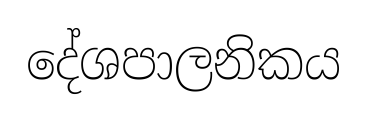
දේශපාලනිකය